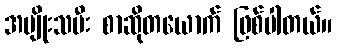
အမျိုးသမီး စာဆိုတယောက် ဖြစ်ပါတယ်။